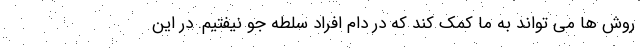
روش ها می تواند به ما کمک کند که در دام افراد سلطه جو نیفتیم. در این